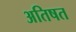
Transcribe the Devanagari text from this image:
अतिषत